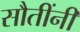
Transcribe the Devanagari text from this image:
सौतींनी